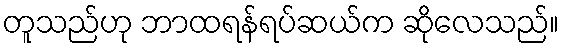
တူသည်ဟု ဘာထရန်ရပ်ဆယ်က ဆိုလေသည်။